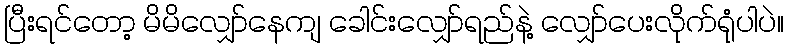
ပြီးရင်တော့ မိမိလျှော်နေကျ ခေါင်းလျှော်ရည်နဲ့ လျှော်ပေးလိုက်ရုံပါပဲ။